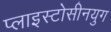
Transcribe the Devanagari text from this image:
प्लाइस्टोसीनयुग